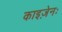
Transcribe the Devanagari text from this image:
काइज़ेनः